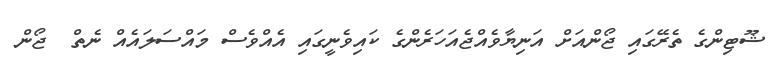
ޝޫޓިންގެ ތެރޭގައި ޖޯންއަށް އަނިޔާވެއްޖެއަހަރެންގެ ކައިވެނީގައި އެއްވެސް މައްސަލައެއް ނެތް  ޖޯން